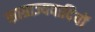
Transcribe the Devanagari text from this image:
साग्राज्यवादियों